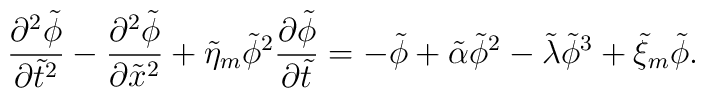
\frac{\partial^2\tilde\phi}{\partial \tilde t^2}-\frac{\partial^2\tilde\phi}{\partial \tilde x^2}+\tilde\eta_m\tilde\phi^2\frac{\partial\tilde\phi}{\partial \tilde t}=-\tilde\phi+\tilde\alpha\tilde\phi^2-\tilde\lambda\tilde\phi^3+\tilde\xi_m\tilde\phi.